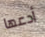
أدعها